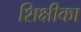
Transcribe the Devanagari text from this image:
शिक्षीका